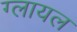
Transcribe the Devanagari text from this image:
ग्लायल